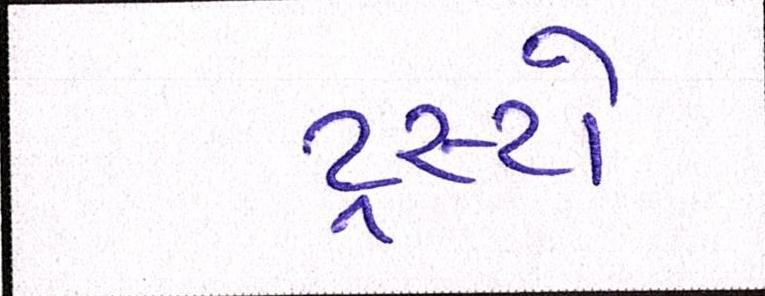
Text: ટ્રસ્ટો